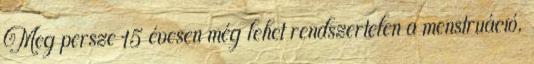
Meg persze 15 évesen még lehet rendszertelen a menstruáció,